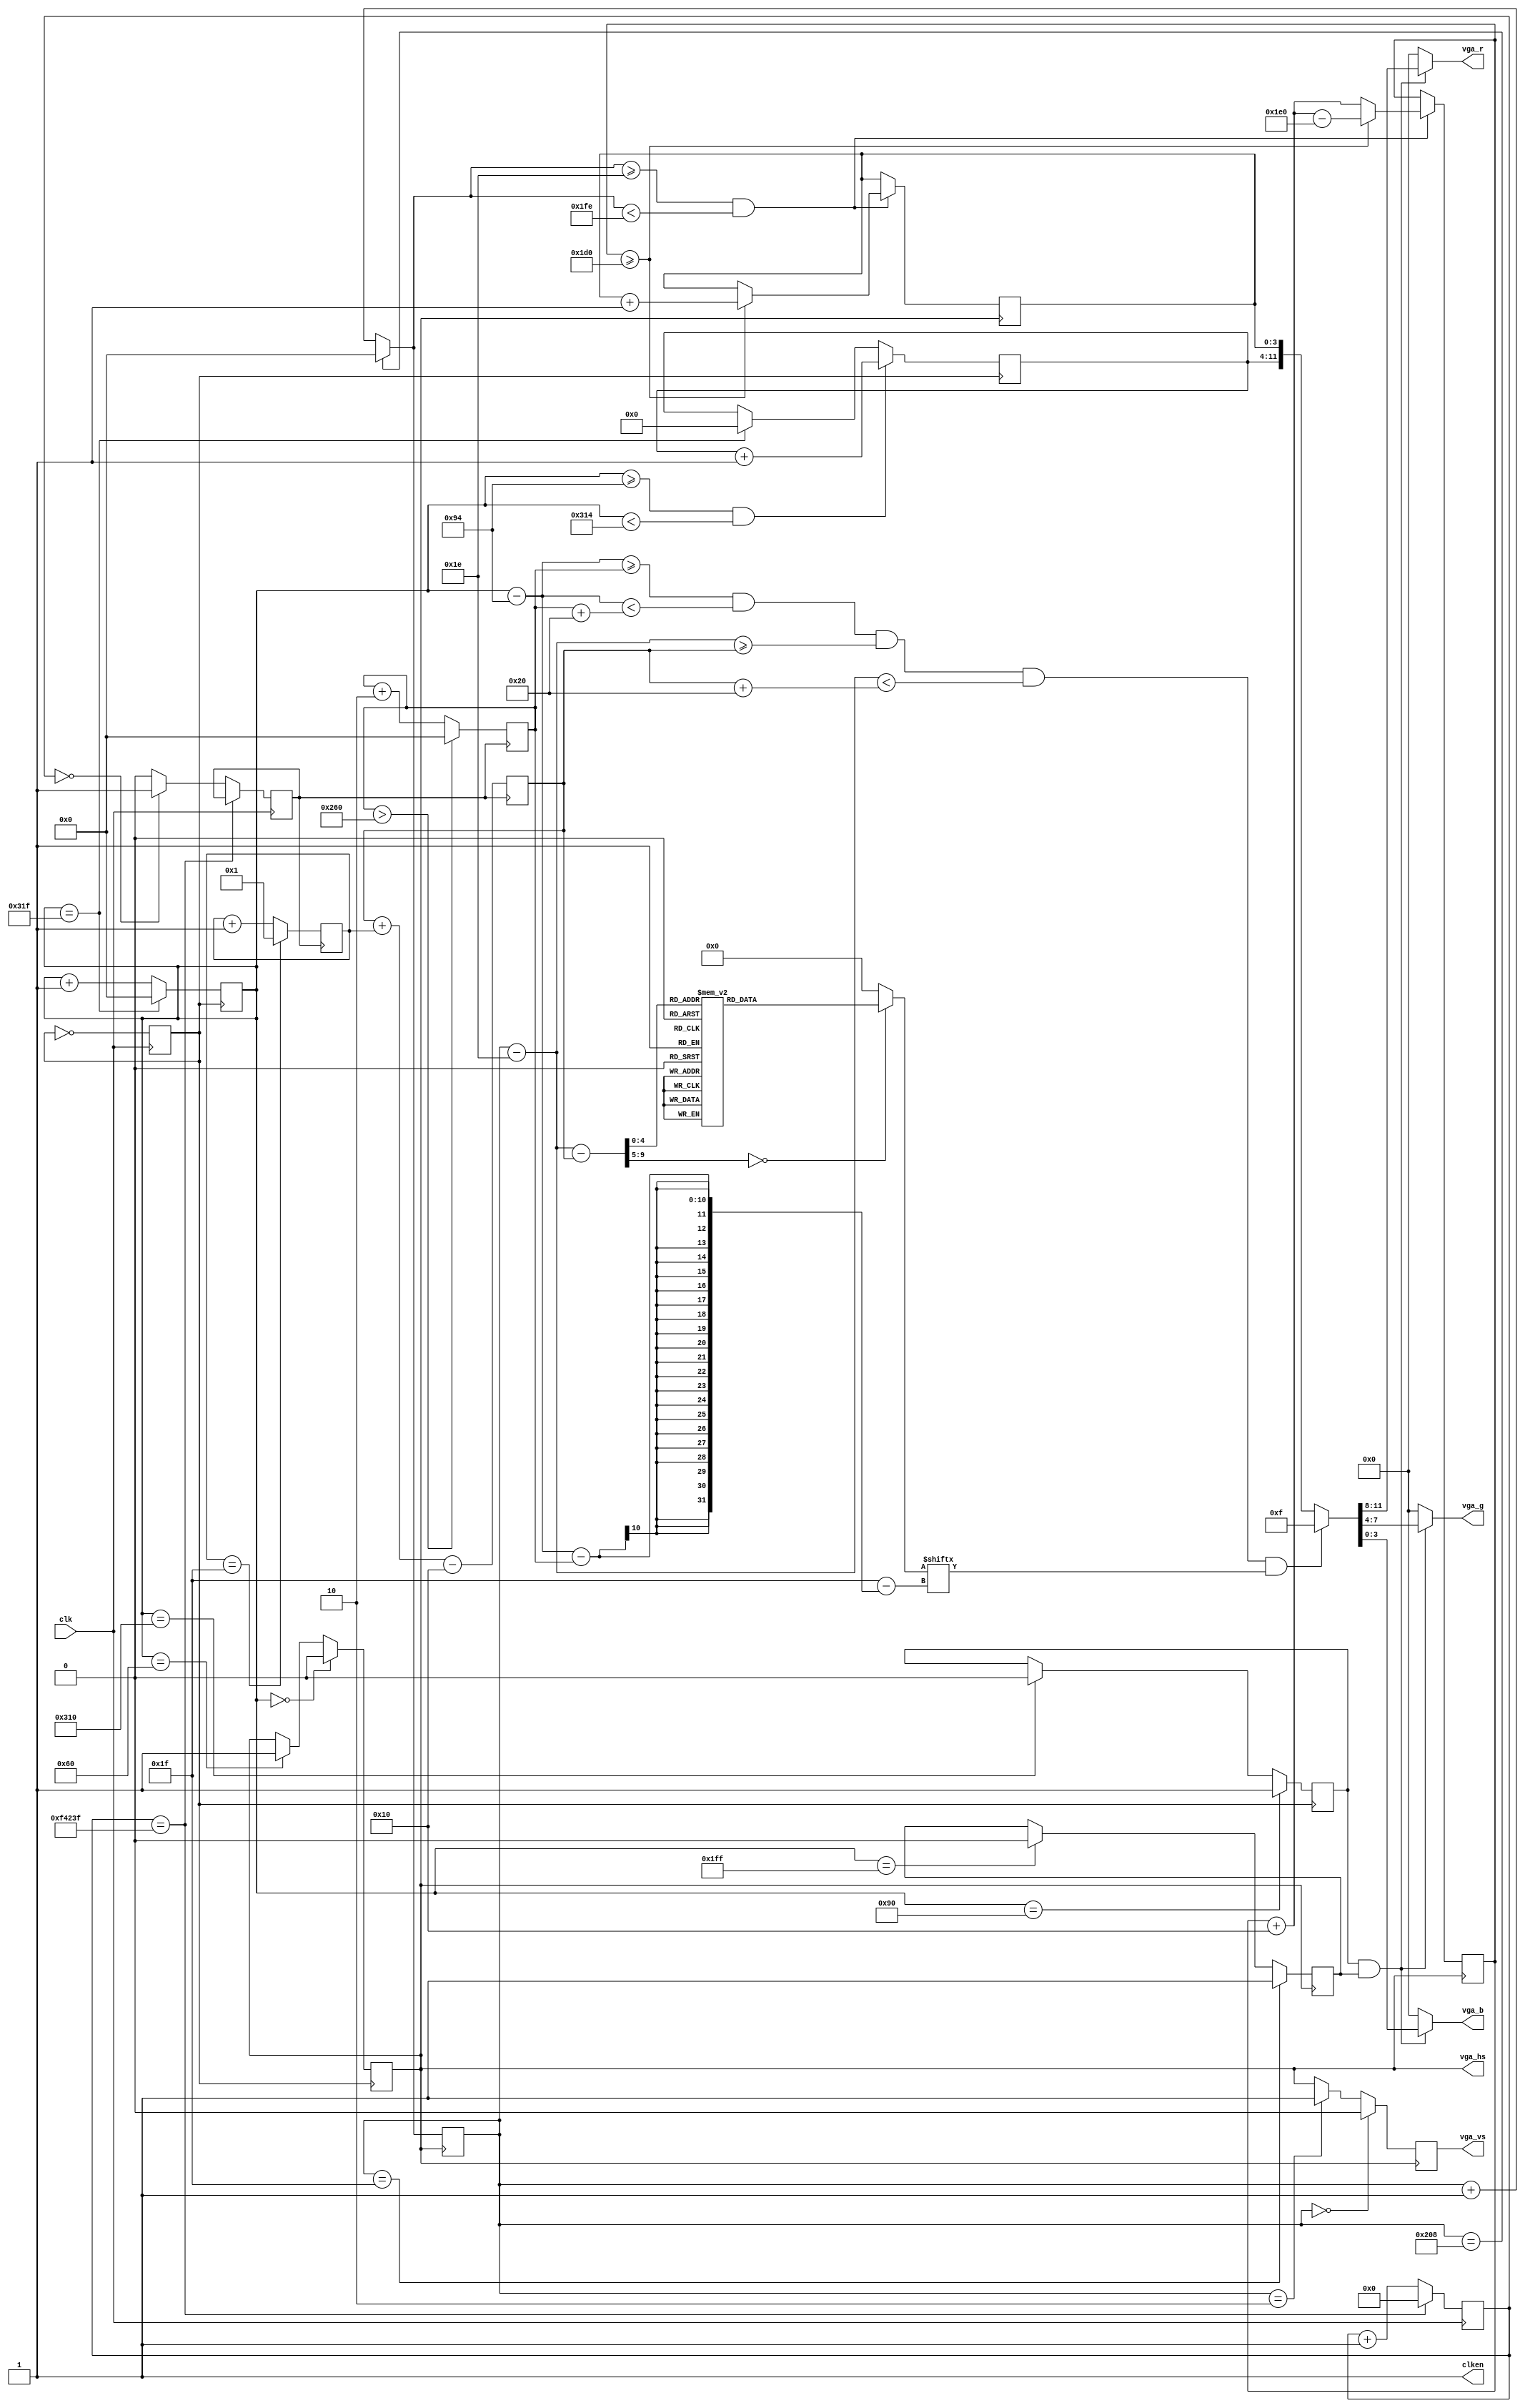
module colorbar(
                input        clk,
                output       clken,
                output [3:0] vga_r,
                output [3:0] vga_g,
                output [3:0] vga_b,
                output reg   vga_hs,
                output reg   vga_vs
                );
   parameter H_ACTIVE_PIXEL_LIMIT = 640;
   parameter V_ACTIVE_LINE_LIMIT = 480;

   assign clken = 1'b1;

   reg [9:0]                 hs_cnt = 10'd0;
   reg [9:0]                 vs_cnt = 10'd0;
   
   reg                       vga_clk;
   always @(posedge clk) begin
      vga_clk = ~vga_clk;
   end

   reg [26:0] ch_cnt;
   reg        ch_clk;
   always @(posedge clk) begin
      if(ch_cnt == 27'd999999)
        ch_cnt = 27'd0;
      else begin
         if(ch_cnt == 0)begin
            ch_clk = 1'b1;
         end else begin
            ch_clk = 1'b0;
         end
         ch_cnt = ch_cnt + 1;
      end
   end
   reg [9:0] ch_x = 10'd300;
   reg [9:0] ch_y = 10'd300;
   reg [6:0] dy = 7'd1;
   always @(posedge ch_clk ) begin
      if(ch_x > H_ACTIVE_PIXEL_LIMIT - 32)
        ch_x <= 0;
      else begin
         ch_x <= ch_x + 2;
      end
      
      if(dy == 7'd31)
        dy <= 7'd1;
      else begin
         dy <= dy + 7'd1;
      end
      ch_y <= ch_y + dy - 16;
      
   end

   reg [7:0] rg = 8'h00;
   reg [5:0] rg_cnt = 5'd0;
   always @(posedge vga_clk) begin
      // hs_cnt: 0..799
      if(hs_cnt == 10'd799) begin
         hs_cnt <= 10'd0;
         rg <= 8'd0;
      end else begin
         hs_cnt <= hs_cnt + 1;
      end
      // 148..787 (640) 
      if(hs_cnt >= 10'd148 && hs_cnt < 10'd788) begin
         if(rg_cnt >= 6'd24) begin
            rg_cnt <= rg_cnt - 6'd24;
         end else begin
            rg_cnt <= rg_cnt + 6'd16;
         end
         rg <= rg + 8'd1;
      end
   end
   
   always @(posedge vga_clk) begin
      if(hs_cnt == 10'd0)
        vga_hs = 1'b0;
      else if(hs_cnt == 10'd96)
        vga_hs = 1'b1;
   end
   
   always @(posedge vga_clk) begin
      if(hs_cnt == 10'd144)
        i_hdisp = 1'b1;
      else if(hs_cnt == 10'd784)
        i_hdisp = 1'b0;
   end
   
   reg [3:0] b = 4'd0;
   reg [9:0] b_cnt = 10'd0;
   always @(posedge vga_hs) begin
      if(vs_cnt == 10'd520)
        vs_cnt = 10'd0;
      else
        vs_cnt = vs_cnt + 1;
      // V:30..509(480)
      if(vs_cnt >= 10'd30 && vs_cnt < 10'd510) begin
         if(b_cnt >= 480 - 16) begin
            b_cnt = b_cnt + 16 - 480;
            b = b + 1; // 0..15
         end else
           b_cnt = b_cnt + 16;  
      end
   end
   //u
     always @(posedge vga_hs) begin
        if(vs_cnt == 10'd0)
          vga_vs = 1'b0;
        else if(vs_cnt == 10'd2)
          vga_vs = 1'b1;
        else
          vga_vs = vga_hs;
     end
   
   reg i_hdisp, i_vdisp;
   always @(posedge vga_hs) begin
      if(vs_cnt == 10'd31)
        i_vdisp = 1'b1;
      else if(hs_cnt == 10'd511)
        i_vdisp = 1'b0;
   end
   
   wire [9:0]disp_x = hs_cnt - 148;
   wire [9:0] disp_y = vs_cnt - 30;

   reg [31:0] line;
   wire [9:0] spr_y = disp_y - ch_y;
   always @(spr_y) begin
      case (spr_y)
        10'd00: line = 32'b00000000000000111111000000000000;
        10'd01: line = 32'b00000000000011111111110000000000;
        10'd02: line = 32'b00000000000111111111111000000000;
        10'd03: line = 32'b00000000001111111111111100000000;
        10'd04: line = 32'b00000000001111111111111100000000;
        10'd05: line = 32'b00000000001111111111001100111110;
        10'd06: line = 32'b00000000001111111111001101111111;
        10'd07: line = 32'b00000000001111111111111101111111;
        10'd08: line = 32'b00000000001111111111111101111111;
        10'd09: line = 32'b00000000001111111101111101111111;
        10'd10: line = 32'b00000000000111111110000100111110;
        10'd11: line = 32'b00000000000011111111111000111100;
        10'd12: line = 32'b00000000000001111111110001111100;
        10'd13: line = 32'b00000001111111111111111111111100;
        10'd14: line = 32'b00000011111111111111111111111100;
        10'd15: line = 32'b00001111111111111111111111111000;
        10'd16: line = 32'b00011111111111111111111111100000;
        10'd17: line = 32'b00011111111111111111111110000000;
        10'd18: line = 32'b00011111111111111111111100000000;
        10'd19: line = 32'b00011111000111111111111100000000;
        10'd20: line = 32'b00111111100111111111111100000000;
        10'd21: line = 32'b01111111100111111111111111111000;
        10'd22: line = 32'b01111111100111111111111111111100;
        10'd23: line = 32'b00111111000111111111111111111100;
        10'd24: line = 32'b00000000000111111111111111111100;
        10'd25: line = 32'b00000011100111111111110001111110;
        10'd26: line = 32'b00000011111111111000000011111111;
        10'd27: line = 32'b00000011111111111000000011111111;
        10'd28: line = 32'b00000011111111110000000011111111;
        10'd29: line = 32'b00000011111111100000000000000000;
        10'd30: line = 32'b00000011111000000000000000000000;
        10'd31: line = 32'b00000011110000000000000000000000;
        default: line = 32'b00000000000000000000000000000000;
      endcase
   end
   wire [11:0] rgb =
               (disp_x >= ch_x && disp_x < ch_x + 32 && disp_y >= ch_y && disp_y < ch_y + 32 &&
                (line[31 - (disp_x - ch_x)]) ? 12'h00f : {rg, b});
   
   assign vga_r = (i_hdisp && i_vdisp) ? rgb[11:8] : 4'd0;
   assign vga_g = (i_hdisp && i_vdisp) ? rgb[7:4] : 4'd0;
   assign vga_b = (i_hdisp && i_vdisp) ? rgb[3:0] : 4'd0;

endmodule